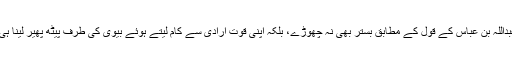
حضرت عبداللہ بن عباس کے قول کے مطابق بستر بھی نہ چھوڑے، بلکہ اپنی قوت ارادی سے کام لیتے ہوئے بیوی کی طرف پیٹھ پھیر لینا ہی کافی ہے۔